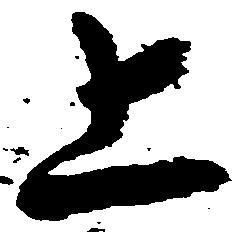
上